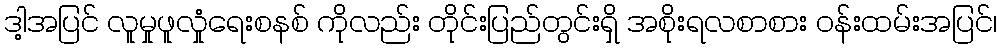
ဒါ့အပြင် လူမှုဖူလှုံရေးစနစ် ကိုလည်း တိုင်းပြည်တွင်းရှိ အစိုးရလစာစား ဝန်းထမ်းအပြင်၊